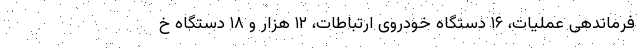
فرماندهی عملیات، ۱۶ دستگاه خودروی ارتباطات، ۱۲ هزار و ۱۸ دستگاه خ